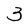
Character: 3